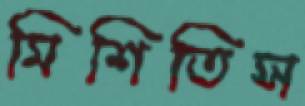
মিশিতিস